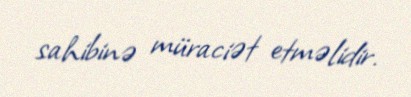
sahibinə müraciət etməlidir.